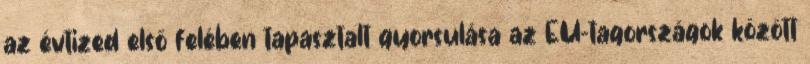
az évtized első felében tapasztalt gyorsulása az EU-tagországok között